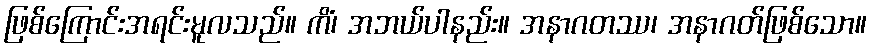
ဖြစ်ကြောင်းအရင်းမူလသည်။ ကိံ၊ အဘယ်ပါနည်း။ အနာဂတဿ၊ အနာဂတ်ဖြစ်သော။